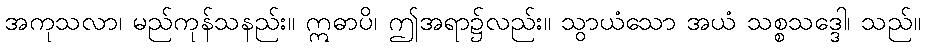
အကုသလာ၊ မည်ကုန်သနည်း။ ဣဓာပိ၊ ဤအရာ၌လည်း။ သွာယံသော အယံ သစ္စသဒ္ဒေါ၊ သည်။